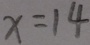
x = 1 4